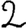
Digit: 2